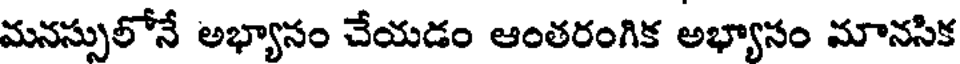
మనస్సులోనే అభ్యానం చేయడం ఆంతరంగిక అభ్యానం మానసిక